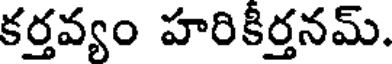
కర్తవ్యం హరికీర్తనమ్.